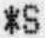
*S